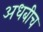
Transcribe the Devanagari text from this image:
अधबीच